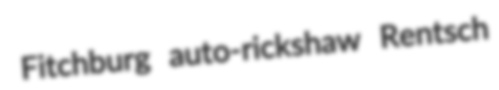
Fitchburg auto-rickshaw Rentsch